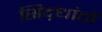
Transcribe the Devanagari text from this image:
सिद़धांतों